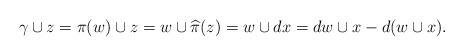
LaTeX: \begin{align*}\gamma \cup z = \pi(w) \cup z = w \cup \widehat{\pi}(z) = w \cup dx = dw \cup x - d(w \cup x).\end{align*}